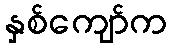
နှစ်ကျော်က